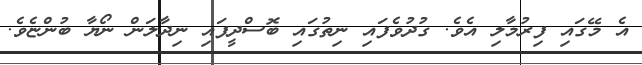
އެ މޭގައި ފިރުމާލި އެވެ. ގުދުވެފައި ނިތުގައި ބޮސްދީފައި ނިދާލަން ނޯޔާ ބުންޏެވެ.